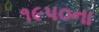
૧૯૫૦ના